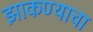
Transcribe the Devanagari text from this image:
झाकण्याचा